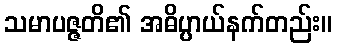
သမာပဇ္ဇတိ၏ အဓိပ္ပာယ်နက်တည်း။